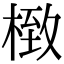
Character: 㮹